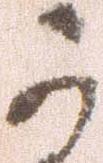
可